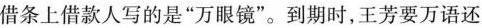
借条上借款人写的是”万眼镜”。到期时，王芳要万语还